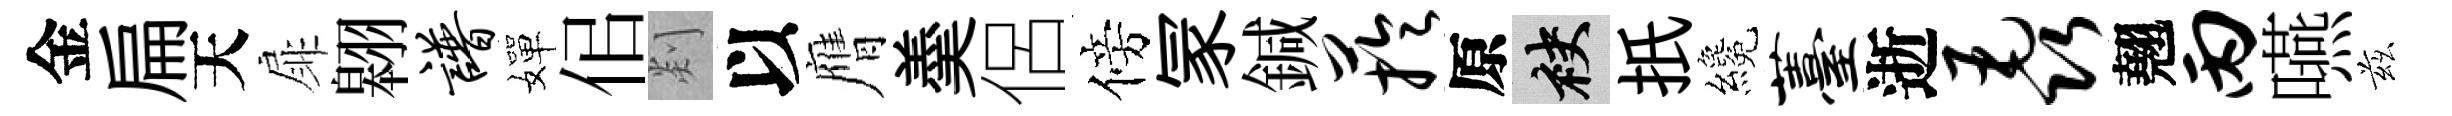
金扁天扉翱谱嬋佀剡以膺羮侶傍冡鍼芋原袂扺纔薹逝毳翹丙嚥兹